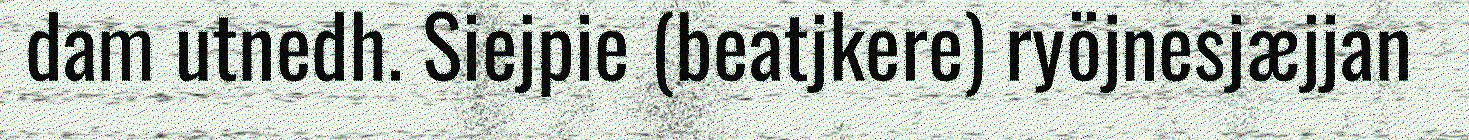
dam utnedh. Siejpie (beatjkere) ryöjnesjæjjan